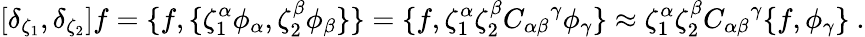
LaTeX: \left[\delta_{\zeta_{1}},\delta_{\zeta_{2}}\right]f=\{ f,\{ \zeta_{1}^{\alpha}\phi_{\alpha},\zeta_{2}^{\beta}\phi_{\beta}\} \} =\{ f,\zeta_{1}^{\alpha}\zeta_{2}^{\beta}{C_{\alpha\beta}}^{\gamma}\phi_{\gamma}\} \approx\zeta_{1}^{\alpha}\zeta_{2}^{\beta}{C_{\alpha\beta}}^{\gamma}\{ f,\phi_{\gamma}\} \ .